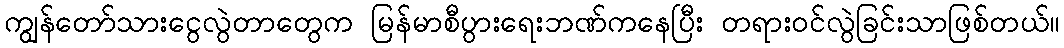
ကျွန်တော်သားငွေလွဲတာတွေက မြန်မာစီပွားရေးဘဏ်ကနေပြီး တရားဝင်လွဲခြင်းသာဖြစ်တယ်။